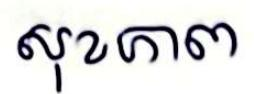
សុខភាព